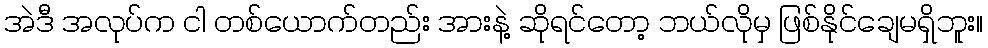
အဲဒီ အလုပ်က ငါ တစ်ယောက်တည်း အားနဲ့ ဆိုရင်တော့ ဘယ်လိုမှ ဖြစ်နိုင်ချေမရှိဘူး။